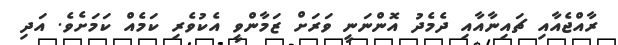
ރާއްޖެއާއި ޗައިނާއާއި ދެމެދު އޮންނަނީ ވަރަށް ޒަމާންވީ އެކުވެރި ކަމެއް ކަމަށެވެ. އަދި